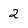
Character: 2